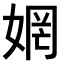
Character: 𫰻